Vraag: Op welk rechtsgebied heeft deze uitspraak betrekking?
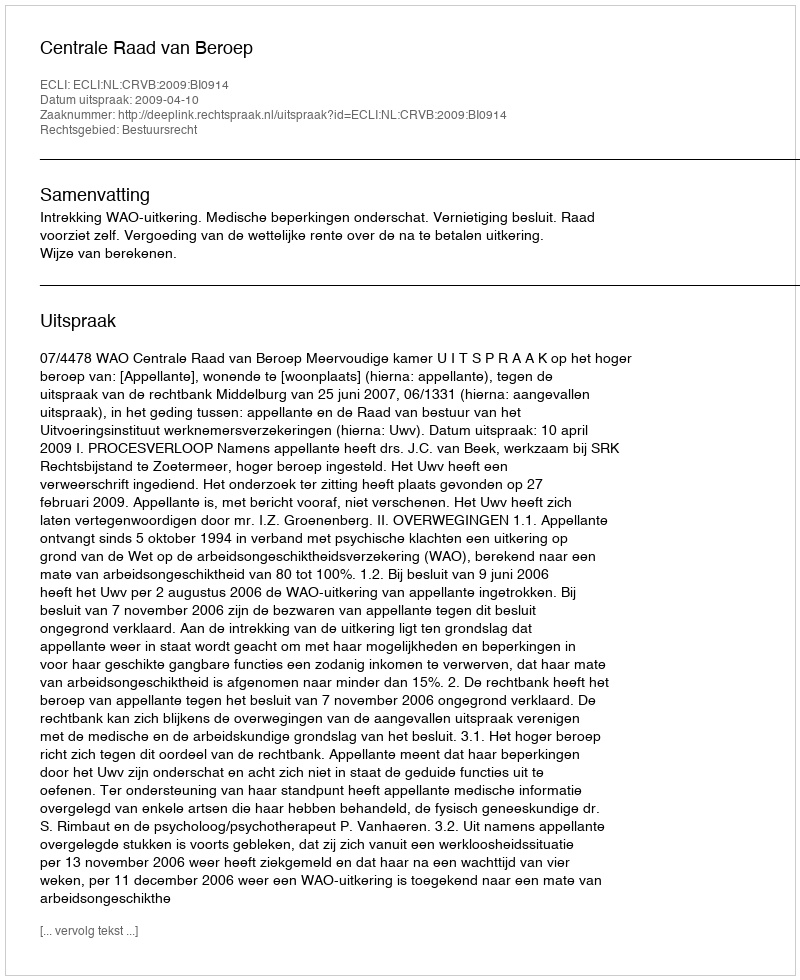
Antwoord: Bestuursrecht